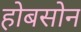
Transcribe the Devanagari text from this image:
होबसोन